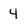
Character: 4